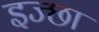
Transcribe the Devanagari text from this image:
इज्छा